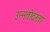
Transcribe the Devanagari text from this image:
उन्नतोदरता